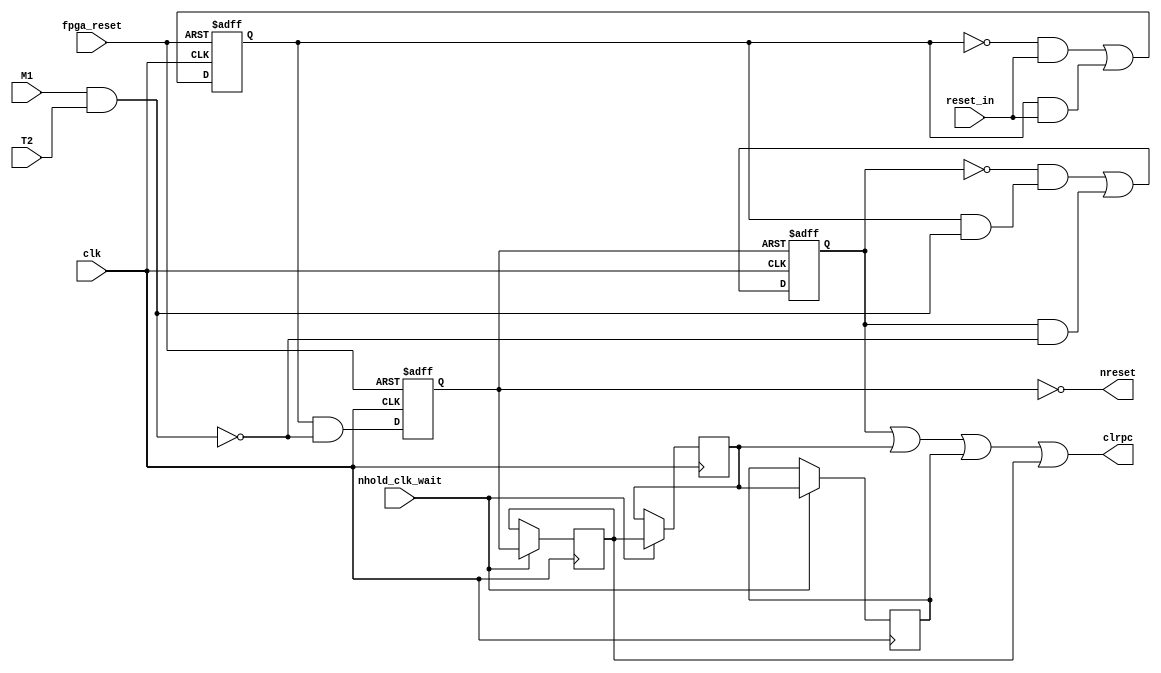
// Copyright (C) 1991-2013 Altera Corporation
// Your use of Altera Corporation's design tools, logic functions 
// and other software and tools, and its AMPP partner logic 
// functions, and any output files from any of the foregoing 
// (including device programming or simulation files), and any 
// associated documentation or information are expressly subject 
// to the terms and conditions of the Altera Program License 
// Subscription Agreement, Altera MegaCore Function License 
// Agreement, or other applicable license agreement, including, 
// without limitation, that your use is for the sole purpose of 
// programming logic devices manufactured by Altera and sold by 
// Altera or its authorized distributors.  Please refer to the 
// applicable agreement for further details.

// PROGRAM		"Quartus II 64-Bit"
// VERSION		"Version 13.0.1 Build 232 06/12/2013 Service Pack 1 SJ Web Edition"
// CREATED		"Sat Dec 10 08:57:54 2016"

module resets(
	reset_in,
	clk,
	M1,
	T2,
	fpga_reset,
	nhold_clk_wait,
	clrpc,
	nreset
);


input wire	reset_in;
input wire	clk;
input wire	M1;
input wire	T2;
input wire	fpga_reset;
input wire	nhold_clk_wait;
output wire	clrpc;
output wire	nreset;

reg	clrpc_int;
wire	nclk;
reg	x1;
wire	x2;
wire	x3;
wire	SYNTHESIZED_WIRE_8;
wire	SYNTHESIZED_WIRE_1;
reg	SYNTHESIZED_WIRE_9;
reg	DFFE_intr_ff3;
reg	SYNTHESIZED_WIRE_10;
wire	SYNTHESIZED_WIRE_11;
wire	SYNTHESIZED_WIRE_3;
reg	SYNTHESIZED_WIRE_12;
wire	SYNTHESIZED_WIRE_6;

assign	nreset = SYNTHESIZED_WIRE_6;




always@(posedge nclk or negedge SYNTHESIZED_WIRE_8)
begin
if (!SYNTHESIZED_WIRE_8)
	begin
	x1 <= 1;
	end
else
	begin
	x1 <= ~x1 & reset_in | x1 & ~SYNTHESIZED_WIRE_1;
	end
end

assign	clrpc = clrpc_int | SYNTHESIZED_WIRE_9 | DFFE_intr_ff3 | SYNTHESIZED_WIRE_10;

assign	SYNTHESIZED_WIRE_1 =  ~reset_in;

assign	x2 = x1 & SYNTHESIZED_WIRE_11;

assign	SYNTHESIZED_WIRE_11 = M1 & T2;

assign	x3 = x1 & SYNTHESIZED_WIRE_3;

assign	SYNTHESIZED_WIRE_6 =  ~SYNTHESIZED_WIRE_12;

assign	SYNTHESIZED_WIRE_3 =  ~SYNTHESIZED_WIRE_11;

assign	nclk =  ~clk;

assign	SYNTHESIZED_WIRE_8 =  ~fpga_reset;


always@(posedge nclk)
begin
if (nhold_clk_wait)
	begin
	DFFE_intr_ff3 <= SYNTHESIZED_WIRE_9;
	end
end


always@(posedge nclk)
begin
if (nhold_clk_wait)
	begin
	SYNTHESIZED_WIRE_10 <= SYNTHESIZED_WIRE_12;
	end
end


always@(posedge nclk)
begin
if (nhold_clk_wait)
	begin
	SYNTHESIZED_WIRE_9 <= SYNTHESIZED_WIRE_10;
	end
end


always@(posedge clk or negedge SYNTHESIZED_WIRE_8)
begin
if (!SYNTHESIZED_WIRE_8)
	begin
	SYNTHESIZED_WIRE_12 <= 1;
	end
else
	begin
	SYNTHESIZED_WIRE_12 <= x3;
	end
end


always@(posedge nclk or negedge SYNTHESIZED_WIRE_6)
begin
if (!SYNTHESIZED_WIRE_6)
	begin
	clrpc_int <= 0;
	end
else
	begin
	clrpc_int <= ~clrpc_int & x2 | clrpc_int & ~SYNTHESIZED_WIRE_11;
	end
end


endmodule